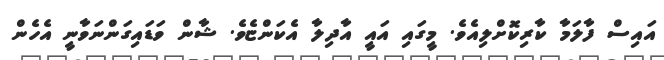
އައިސް ފާލަމާ ކާރިކޮށްލިއެވެ. މީގައި އައީ އާދިލާ އެކަންޏެވެ. ޝާން ވަޑައިގަންނަވާނީ އެހެން